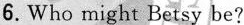
6.Who might Betsy be?